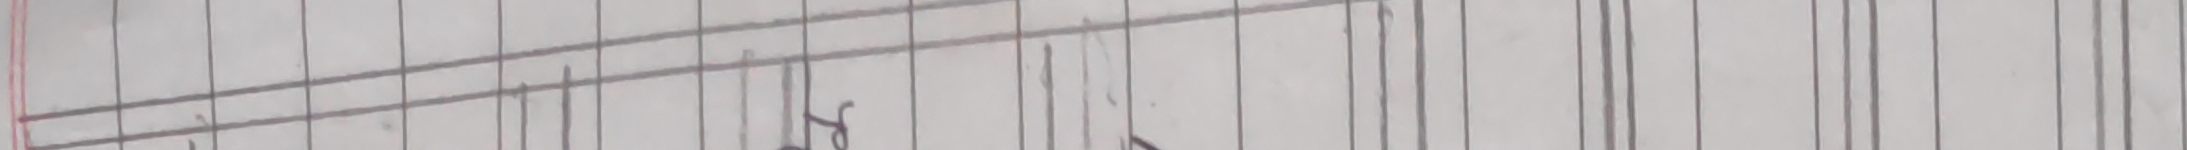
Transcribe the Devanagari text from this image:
मा८